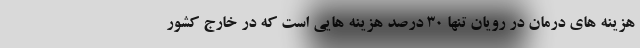
هزینه های درمان در رویان تنها ۳۰ درصد هزینه هایی است که در خارج کشور